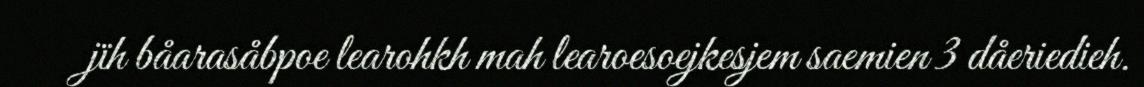
jïh båarasåbpoe learohkh mah learoesoejkesjem saemien 3 dåeriedieh.